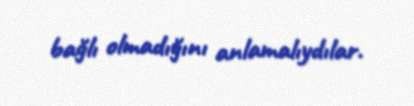
bağlı olmadığını anlamalıydılar.